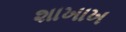
શાખાખ